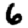
Digit: 6